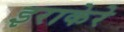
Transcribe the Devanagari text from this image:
इराकेरे